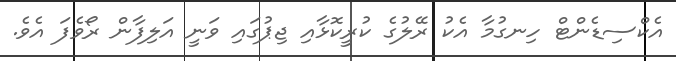
އެކްސިޑެންޓް ހިނގުމާ އެކު ރޭލުގެ ކުރީކޮޅާއި ޖިޕުގައި ވަނީ އަލިފާން ރޯވެފަ އެވެ.